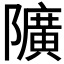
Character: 𨽏